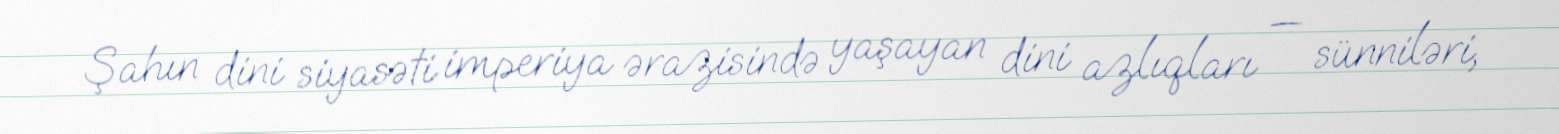
Şahın dini siyasəti imperiya ərazisində yaşayan dini azlıqları — sünniləri,